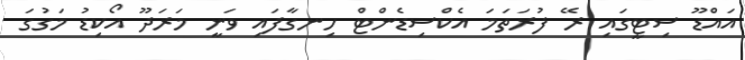
އައްޑޫ ސިޓީގައި ރޭ ފުރަތަމަ އެކްސިޑެންޓް ހިނގާފައި ވަނީ މަރަދޫ އޯކިޑު މަގުގަ